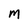
Character: M